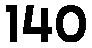
140